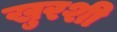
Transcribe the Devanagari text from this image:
खुरशी